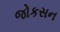
જોકસન